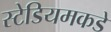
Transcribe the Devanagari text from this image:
स्टेडियमकडे